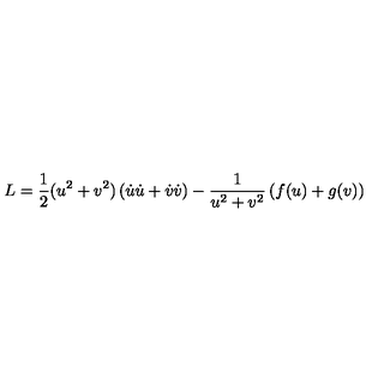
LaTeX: L = \displaystyle \frac { 1 } { 2 } ( u ^ { 2 } + v ^ { 2 } ) \left( \dot { u } \dot { u } + \dot { v } \dot { v } \right) - \displaystyle \frac { 1 } { u ^ { 2 } + v ^ { 2 } } \left( f ( u ) + g ( v ) \right)